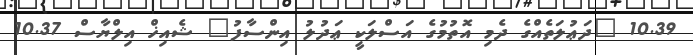
10.39 "ދަޢުލަތެއްގެ ދެމި އޮތުމުގެ އަސްލަކީ ޢަދުލު އިންސާފު" ޝެއިޚް އިލްޔާސް 10.37